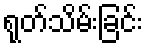
ရုတ်သိမ်းခြင်း